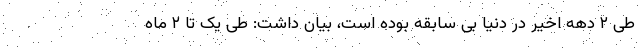
طی ۲ دهه اخیر در دنیا بی سابقه بوده است، بیان داشت: طی یک تا ۲ ماه